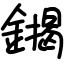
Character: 䥟